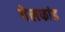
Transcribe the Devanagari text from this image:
गेलफांड